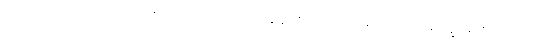
ပုဂံကို ကယ်တင်ခဲ့တဲ့ လုစ်ကို ဂုဏ်ပြုတဲ့အနေနဲ့ ကဗျာဆရာ စာပေပါမောက္ခ မင်းသုဝဏ်က